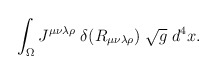
\begin{align*}\int_\Omega J^{\mu\nu\lambda\rho} \; \delta(R_{\mu\nu\lambda\rho}) \; \sqrt{g} \; d^4x.\end{align*}